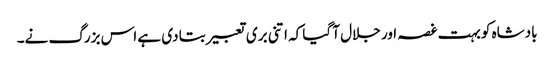
بادشاہ کو بہت غصہ اور جلال آ گیا کہ اتنی بری تعبیر بتا دی ہے اس بزرگ نے۔